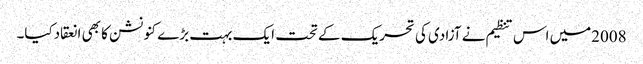
2008میں اس تنظیم نے آزادی کی تحریک کے تحت ایک بہت بڑے کنونشن کا بھی انعقادکیا۔